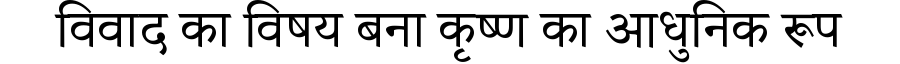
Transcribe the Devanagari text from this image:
विवाद का विषय बना कृष्ण का आधुनिक रूप